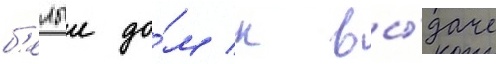
б'елыи до́м к вы́даче